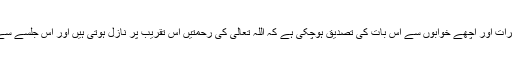
خطیب اہل سنت نے خبر دی کئی دفعہ مبشرات اور اچھے خوابوں سے اس بات کی تصدیق ہوچکی ہے کہ اللہ تعالی کی رحمتیں اس تقریب پر نازل ہوتی ہیں اور اس جلسے سے اللہ تعالی کی رضامندی حاصل ہوتی ہے۔